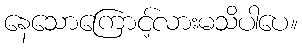
နေသောကြောင့်လားမသိပါပေ။